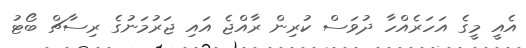
އެއީ މީގެ އަަހަރެއްހާ ދުވަސް ކުރިން ރާއްޖެ އައި ޖަރުމަނުގެ ރިސާޗް ބޯޓު